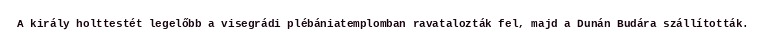
A király holttestét legelőbb a visegrádi plébániatemplomban ravatalozták fel, majd a Dunán Budára szállították.